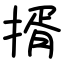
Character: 揟